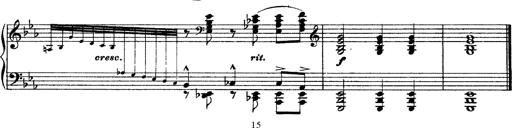
Title: Grandes Ã©tudes de Paganini
Composer: Franz Liszt